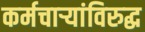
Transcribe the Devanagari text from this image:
कर्मचार्‍यांविरुद्ध